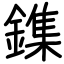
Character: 鏶